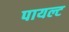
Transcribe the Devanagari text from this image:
पायल्ट